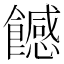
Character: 𩞿